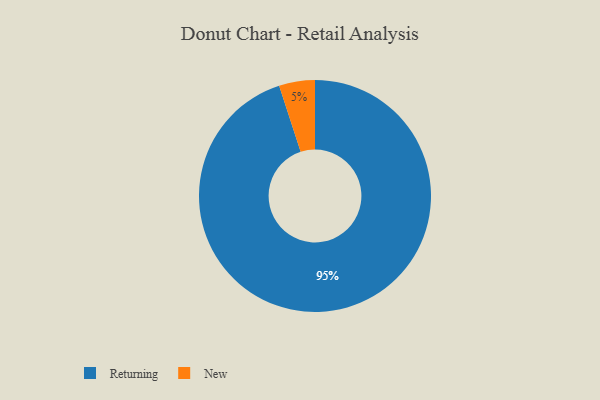
{"axis": {"x": "Category", "y": "Percentage"}, "legend": ["New", "Returning"], "data": [{"x": "New", "y": 5, "type": "New"}, {"x": "Returning", "y": 95, "type": "Returning"}]}